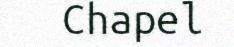
Chapel